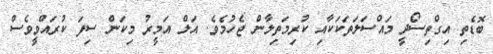
ބޮޑެތި އިގްތިސޯދީ މައްސަލަތަކަކާއި ކުރިމަތިލާން ޖެހުމެވެ. އަލް އަމީރު މިކަން ސިފަ ކުރައްވީވެސް